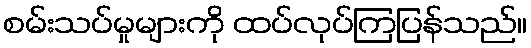
စမ်းသပ်မှုများကို ထပ်လုပ်ကြပြန်သည်။